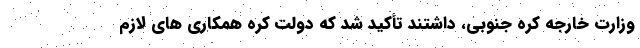
وزارت خارجه کره جنوبی، داشتند تأکید شد که دولت کره همکاری های لازم